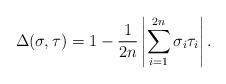
LaTeX: \begin{align*} \Delta(\sigma, \tau) = 1 - \frac 1{2n} \left|\sum_{i=1}^{2n} \sigma_i \tau_i\right|. \end{align*}